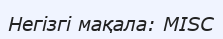
Негізгі мақала: MISC